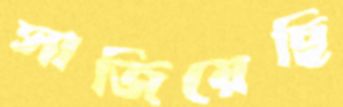
সাজিয়েছি